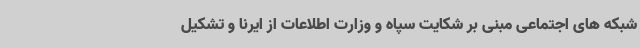
شبکه های اجتماعی مبنی بر شکایت سپاه و وزارت اطلاعات از ایرنا و تشکیل